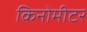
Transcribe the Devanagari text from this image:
किनोमीटर